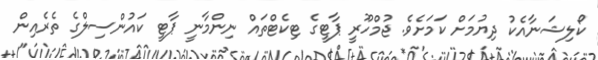
ކޯލިޝަނާއެކު ދިޔުމަށް ކަމަށެވެ. ޖުމްހޫރީ ޕާޓީގެ ޓިކެޓްތައް ނިންމާނީ ޕާޓީ ކައުންސިލްގެ ތެރެއިން